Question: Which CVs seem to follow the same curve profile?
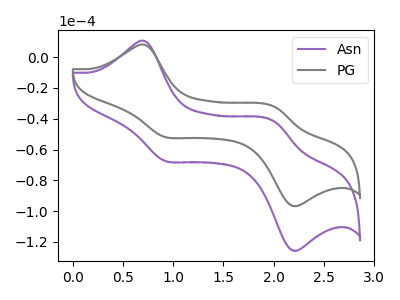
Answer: <think>The purple curve "Asn" has anodic peaks at (0.70V, 10.55uA) (2.00V, -41.75uA) and cathodic peaks at (0.90V, -67.35uA) (2.20V, -125.35uA). The gray curve "PG" has anodic peaks at (0.70V, 8.10uA) (2.00V, -32.10uA) and cathodic peaks at (0.90V, -51.80uA) (2.20V, -96.45uA).
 All the peaks in "Asn" have a peak in "PG" at the same potential.</think>
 <answer>"PG" and "Asn" have the same shape and are likely CV's of the same chemical.</answer>
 <eval>"PG" "Asn"</eval>